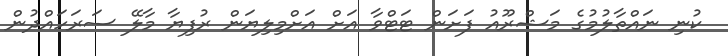
ކުނި ނައްތާލުމުގެ މަޝްރޫއު ފަށަން ޓަޓްވާ އަށް އަށްމިލިޔަން ރުފިޔާ މާލޭ ސަރަހައްދުން